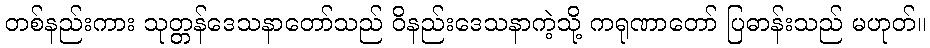
တစ်နည်းကား သုတ္တန်ဒေသနာတော်သည် ဝိနည်းဒေသနာကဲ့သို့ ကရုဏာတော် ပြဓာန်းသည် မဟုတ်။